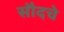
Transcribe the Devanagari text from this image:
सौदचे